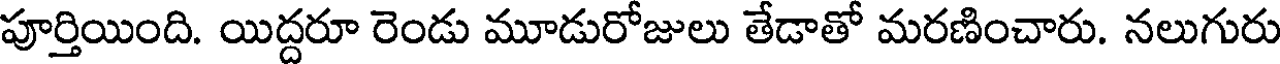
పూర్తియింది. యిద్దరూ రెండు మూడురోజులు తేడాతో మరణించారు. నలుగురు